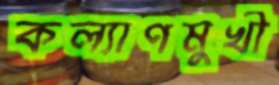
কল্যাণমুখী